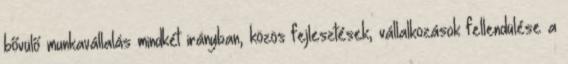
bővülő munkavállalás mindkét irányban, közös fejlesztések, vállalkozások fellendülése a